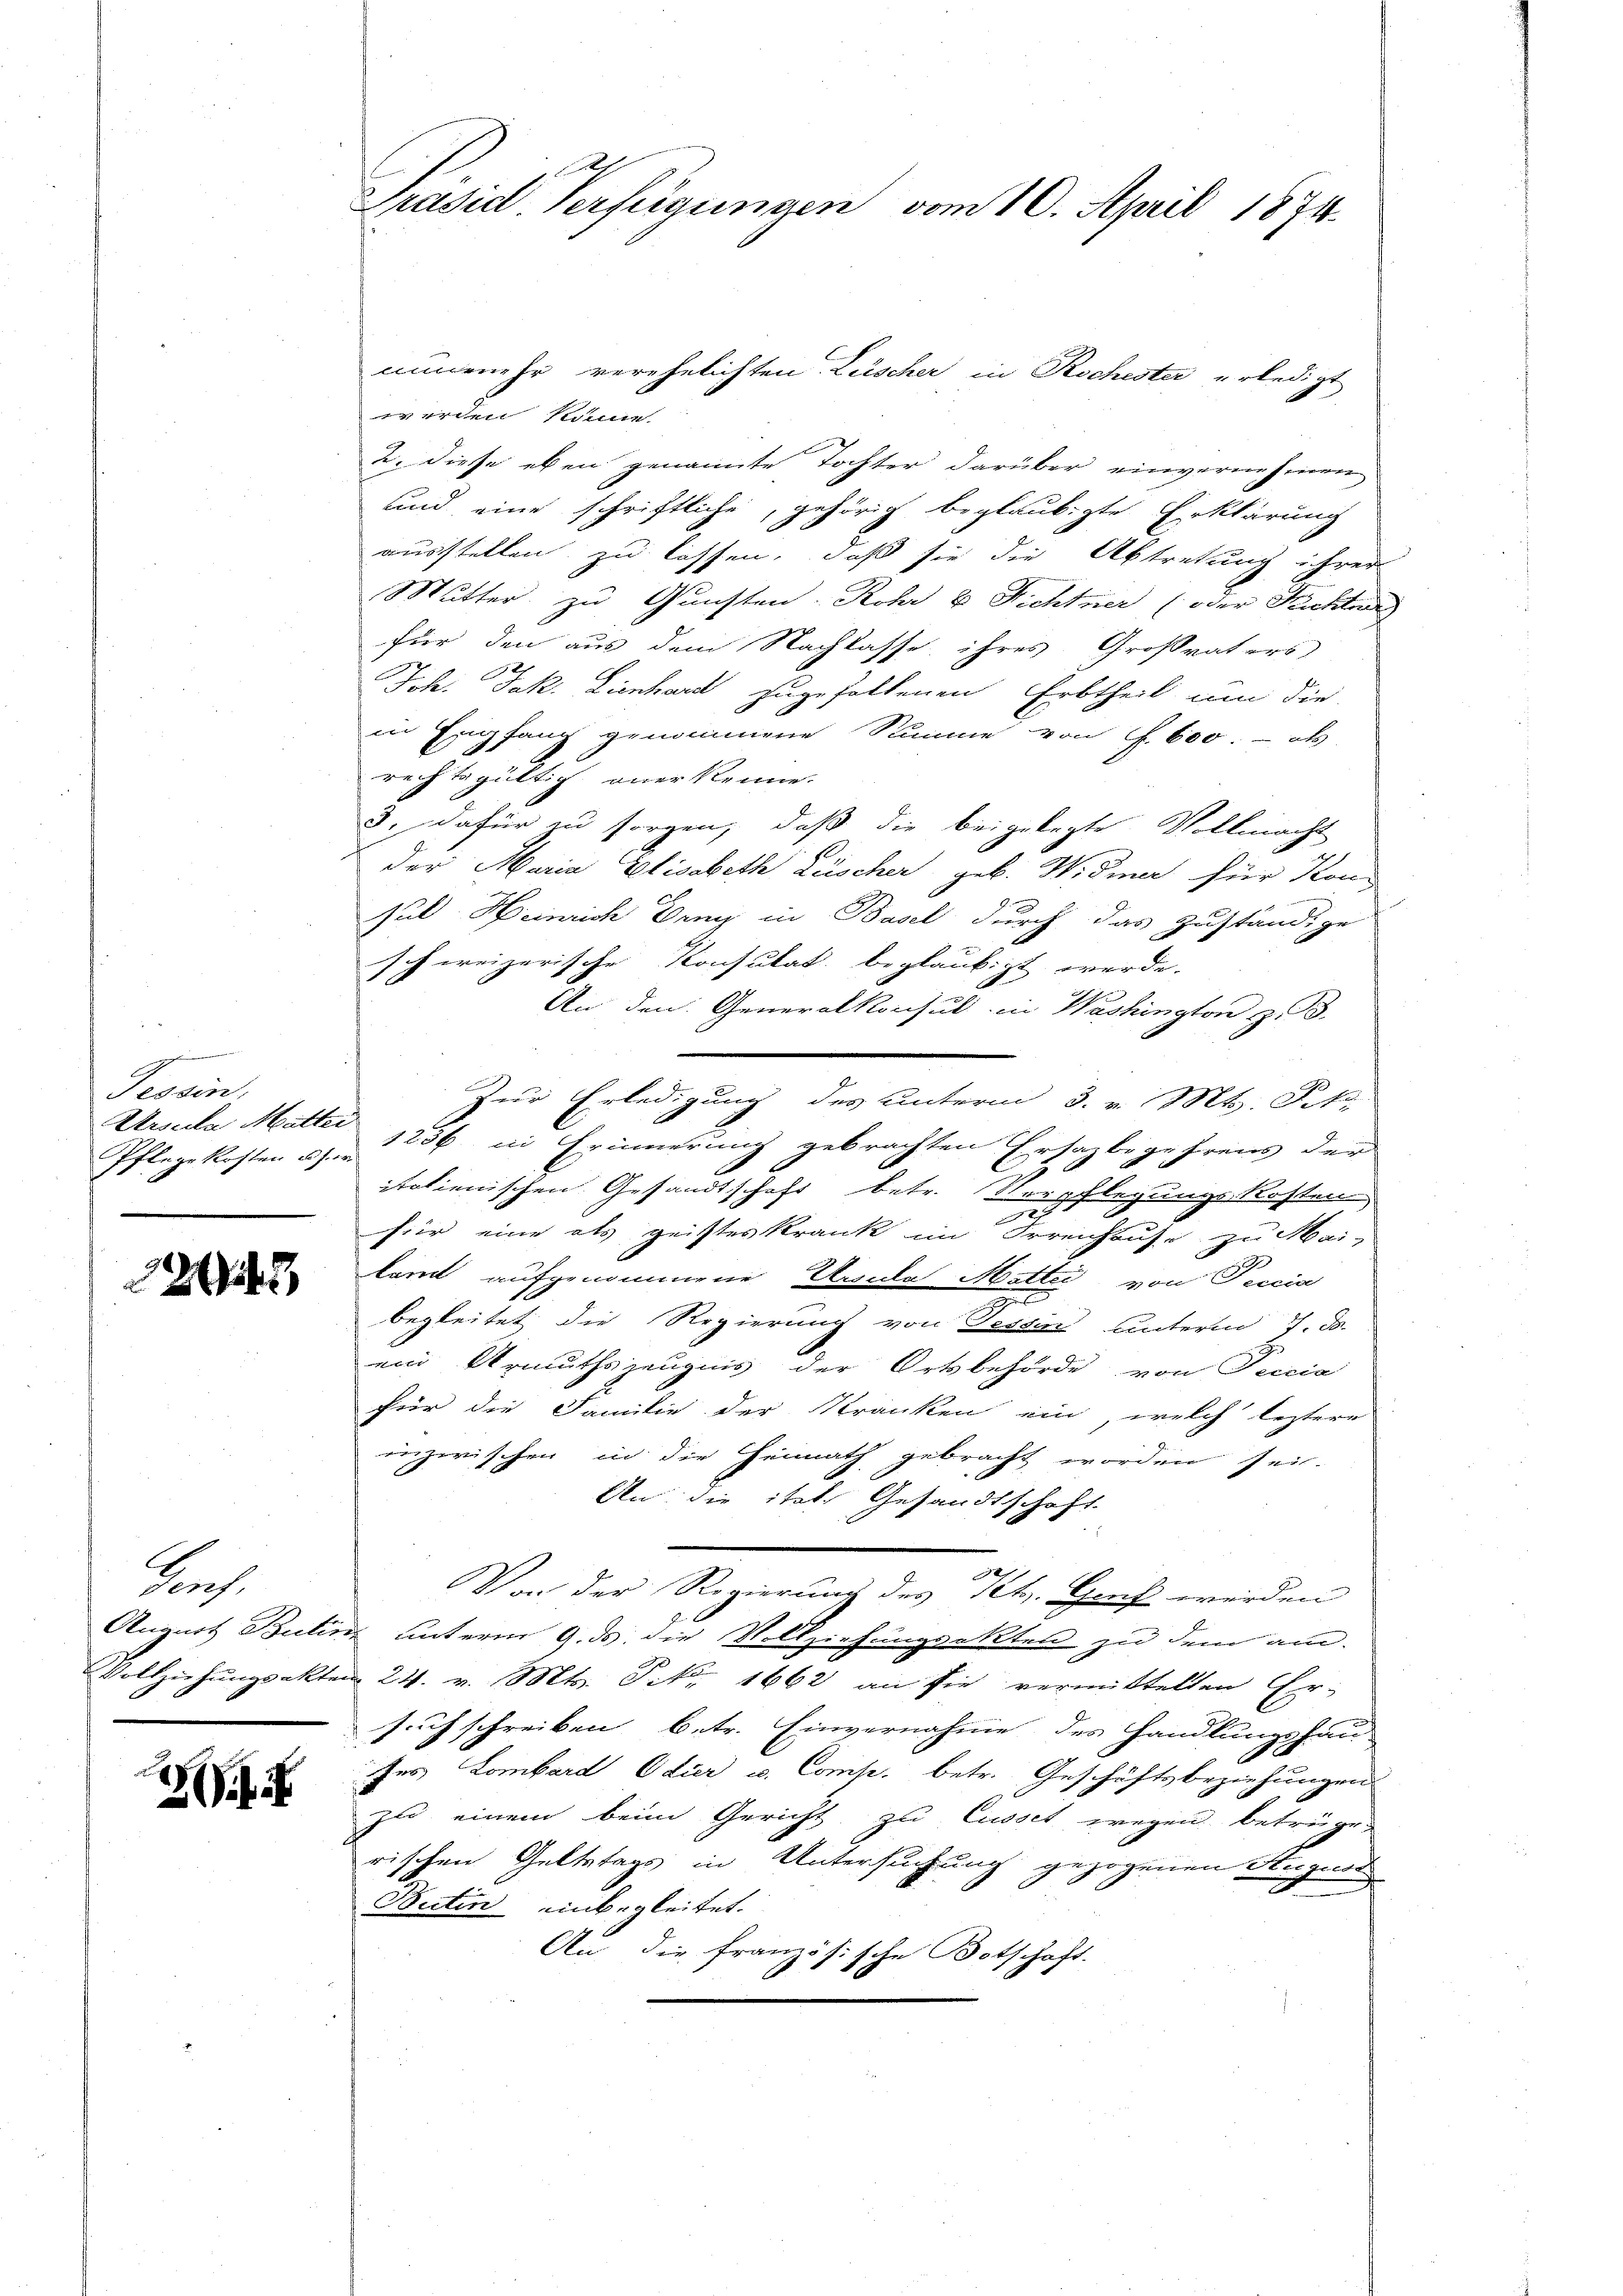
eine
Tessin,
Pflege kosten u. s. er

32143

Prof.

nunmehr verehelichten Lüscher in Rochester erledigt
werden könne.
2. diese eben genannte Tochter darüber einvernehmen
und eine schriftliche, gehörig beglaubigte Erklärung
ausstellen zu lassen, daß sie die Abtretung ihrer
Mutter zu Gunsten Rohr u. Richtner (oder Pachter
für den aus dem Nachlasse ihres Großvaters
Joh. Jak. Lienhard zugefallenen Erbtheil um die
in Empfang genommene Summe von f. 600. - als
rechtsgültig anerkenne.
3. dafür zu sorgen, daß die beigelegte Vollmacht
der Maria Elisabeth Lüscher geb. Widmer für Kond
sul Heinrich Drey in Basel durch das zuständige
schweizerische Konsulat beglaubigt werde.
An den Generalkonsul in Washington zu 3.
Zur Erledigung des unterm 3. v. Mts. Frk.
Arsula Mutter 1236 in Erinnerung gebrachten Ersaibegehrens der
1
italienischen Gesandtschaft betr. Verpflegungskosten
für eine als geisteskrank im Frreichause zu Mai-
kam aufgenommene Ursula Matter, von Percia
g
begleitet die Regierung von Tessin unterm 7. d.
ein Urmuthszeugnis der Ortsbehörde von Teicia
für die Familie der Kranken ein, welch leztere
inzwischen in die Heimath gebracht worden sei.
An die itat. Gesandtschaft
n
Von der Regierung des St. Grift werden
August Butim unterm 9. ds. die Vollziehungsakten zu dem am
Vollziehŭngsakten 24. v. Mts. Frk. 1662 an sie vermittelten Er-
such schreiben betr. Einvernahme des Handlungshau-
des Lombard Odier u. Comp. betr. Geschäftsbeziehungen
zu einem beim Gericht zu Cusset wegen betrüge
rischen Geltstags in Untersuchung gezogenen Hugend
Bestin einbegleitet.
An die französische Botschaft.

F
Präsid. Verfügungen vom 10. April 1874.